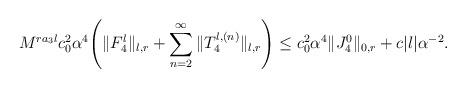
LaTeX: \begin{align*}&M^{ra_3l}c_0^2\alpha^4\Bigg(\|F_4^l\|_{l,r}+\sum_{n=2}^{\infty}\|T_4^{l,(n)}\|_{l,r}\Bigg)\le c_0^2\alpha^4\|J_4^0\|_{0,r}+c|l|\alpha^{-2}.\end{align*}